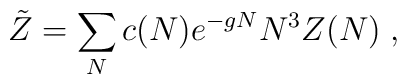
\tilde{Z} = \sum_N c(N) e^{-g N} N^3 Z(N) \; ,